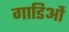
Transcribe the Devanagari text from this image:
गाडिओं